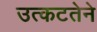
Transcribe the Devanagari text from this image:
उत्कटतेने